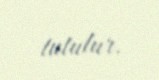
tutulur.